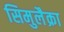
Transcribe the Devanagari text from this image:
सिमुलैक्रा